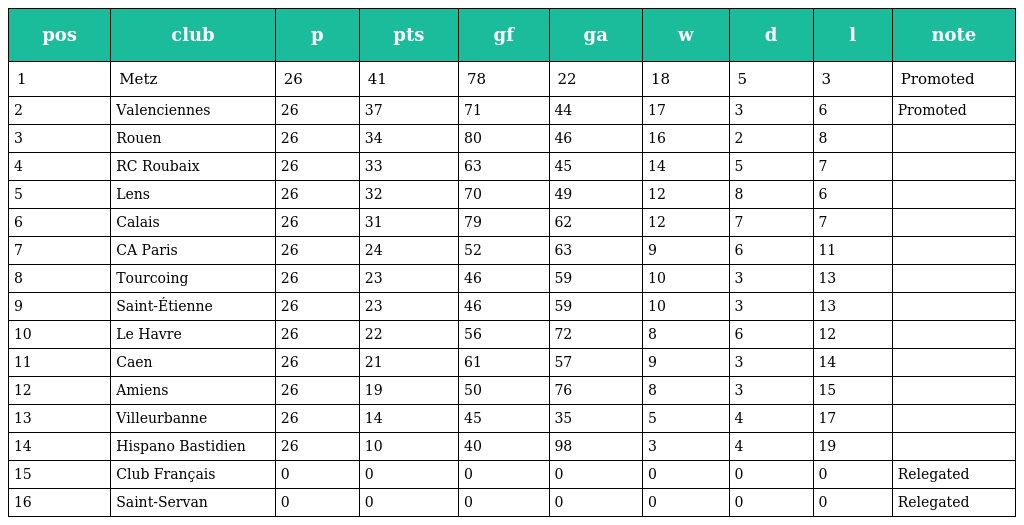
| pos | club | p | pts | gf | ga | w | d | l | note |
 | --- | --- | --- | --- | --- | --- | --- | --- | --- | --- |
 | 1 | Metz | 26 | 41 | 78 | 22 | 18 | 5 | 3 | Promoted |
 | 2 | Valenciennes | 26 | 37 | 71 | 44 | 17 | 3 | 6 | Promoted |
 | 3 | Rouen | 26 | 34 | 80 | 46 | 16 | 2 | 8 |  |
 | 4 | RC Roubaix | 26 | 33 | 63 | 45 | 14 | 5 | 7 |  |
 | 5 | Lens | 26 | 32 | 70 | 49 | 12 | 8 | 6 |  |
 | 6 | Calais | 26 | 31 | 79 | 62 | 12 | 7 | 7 |  |
 | 7 | CA Paris | 26 | 24 | 52 | 63 | 9 | 6 | 11 |  |
 | 8 | Tourcoing | 26 | 23 | 46 | 59 | 10 | 3 | 13 |  |
 | 9 | Saint-Étienne | 26 | 23 | 46 | 59 | 10 | 3 | 13 |  |
 | 10 | Le Havre | 26 | 22 | 56 | 72 | 8 | 6 | 12 |  |
 | 11 | Caen | 26 | 21 | 61 | 57 | 9 | 3 | 14 |  |
 | 12 | Amiens | 26 | 19 | 50 | 76 | 8 | 3 | 15 |  |
 | 13 | Villeurbanne | 26 | 14 | 45 | 35 | 5 | 4 | 17 |  |
 | 14 | Hispano Bastidien | 26 | 10 | 40 | 98 | 3 | 4 | 19 |  |
 | 15 | Club Français | 0 | 0 | 0 | 0 | 0 | 0 | 0 | Relegated |
 | 16 | Saint-Servan | 0 | 0 | 0 | 0 | 0 | 0 | 0 | Relegated |